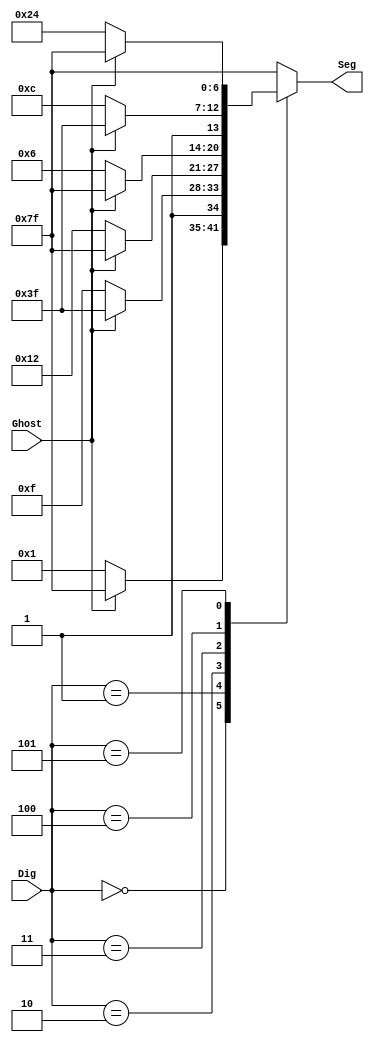
// seven segment display
module SevenSegment(Seg,Dig,Ghost);
  input [2:0] Dig;
  input Ghost;
  output reg [0:6] Seg;

  always @(*)
    case(Dig)
      3'b000:  Seg = (Ghost) ? 7'b111_1111 : 7'b000_0001; // 0
      3'b001:  Seg = (Ghost) ? 7'b111_1111 : 7'b100_1111; // 1
      3'b010:  Seg = (Ghost) ? 7'b111_1111 : 7'b001_0010; // 2
      3'b011:  Seg = (Ghost) ? 7'b111_1111 : 7'b000_0110; // 3
      3'b100:  Seg = (Ghost) ? 7'b111_1111 : 7'b100_1100; // 4
      3'b101:  Seg = (Ghost) ? 7'b111_1111 : 7'b010_0100; // 5
      default: Seg = 7'b111_1111; // default to off
    endcase
endmodule